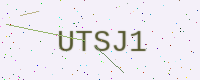
Text: UTSJ1